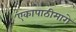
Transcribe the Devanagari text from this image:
एकापाठीमागे